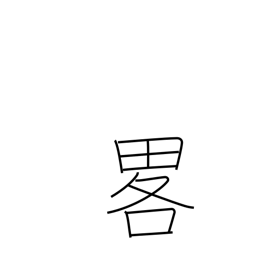
Meaning: omission